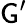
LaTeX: \mathsf{G}^{\prime}